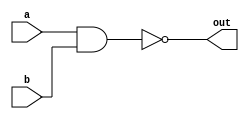
module NAND_Gate_Delay (
    input wire a,
    input wire b,
    output reg out
);

always @ (a or b) begin
    #10 out = ~(a & b); // Introduce a delay of 10 time units (adjust as needed)
end

endmodule